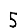
Digit: 5